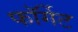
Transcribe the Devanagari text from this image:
फॉर्गेट